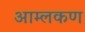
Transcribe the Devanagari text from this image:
आम्लकण